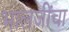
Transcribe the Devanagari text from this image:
भालजींचा